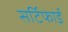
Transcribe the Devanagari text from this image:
सर्टिफाई